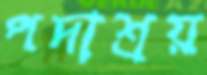
পদাশ্রয়